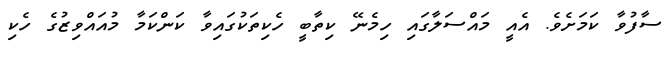
ސާފުވާ ކަމަށެވެ. އެއީ މައްސަލާގައި ހިމެނޭ ކިތާބީ ހެކިތަކުގައިވާ ކަންކަމާ މުއައްވިޒުގެ ހެކި